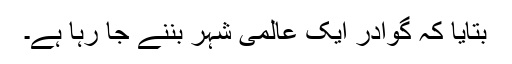
بتایا کہ گوادر ایک عالمی شہر بننے جا رہا ہے۔